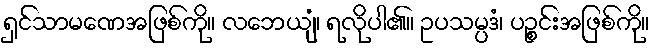
ရှင်သာမဏေအဖြစ်ကို။ လဘေယျံ၊ ရလိုပါ၏။ ဥပသမ္ပဒံ၊ ပဉ္စင်းအဖြစ်ကို။